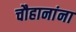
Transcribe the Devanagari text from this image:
चौहानांना